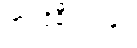
အင်ဒိုနီးရှားနှင့်